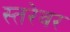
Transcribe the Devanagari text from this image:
स्तरेवर